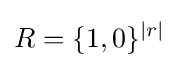
R=\{1,0\}^{|r|}